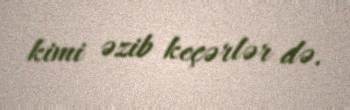
kimi əzib keçərlər də.